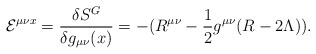
\begin{align*}{\cal E}^{\mu\nu x}=\frac{\delta S^{G}}{\delta g_{\mu\nu}(x)}=-(R^{\mu\nu}-\frac{1}{2}g^{\mu\nu}(R-2\Lambda)).\end{align*}